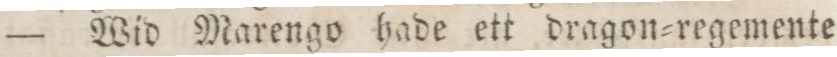
— Wid Marengo hade ett dragon=regemente